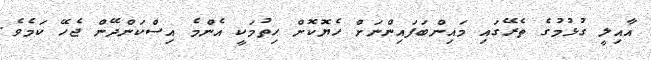
އާއިލީ ގުޅުމުގެ ތެރޭގައި މައިންބަފައިންނަށް ހެޔޮކޮށް ހިތުމަކީ އެންމެ އިސްކަންދޭން ޖެހޭ ކަމެވެ.